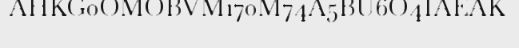
AHKG0OMOBVM170M74A5BU6O4IAEAK